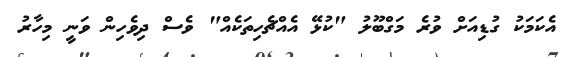
އެކަމަކު ގުޑިއަށް ވުރެ މަގްބޫލު "ކުޅޭ އެއްޗެހިތަކެއް" ވެސް ދިވެހިން ވަނީ މިހާރު